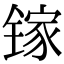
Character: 镓